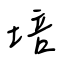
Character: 培